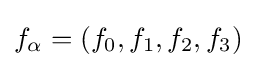
f_{\alpha }=(f_{0},f_{1},f_{2},f_{3})